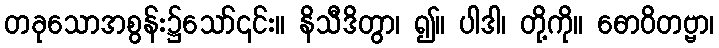
တခုသောအစွန်း၌သော်၎င်း။ နိသီဒိတွာ၊ ၍။ ပါဒါ၊ တို့ကို။ ဓောဝိတဗ္ဗာ၊